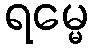
ရမ္မေ